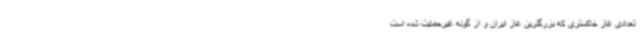
تعدادی غاز خاکستری که بزرگترین غاز ایران و از گونه غیرحمایت شده است